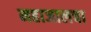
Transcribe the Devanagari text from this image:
महाजालचा